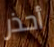
أحذر